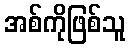
အစ်ကိုဖြစ်သူ